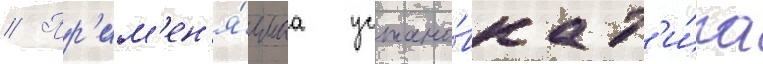
// Пр'им'ен'я́емаа устано́вка т'и́па